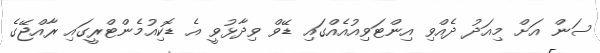
ސަން އަށް މިއަދު ދެއްވި އިންޓަވިއުއެއްގައި ޑޭވް ވިދާޅުވީ އެ ޑޮކިއުމެންޓްރީގައި ރާއްޖޭގެ